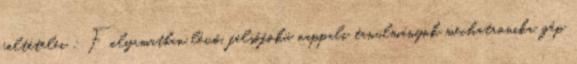
feltételei : Folyamatban lévő, felsőfokú nappali tanulmányok mechatronika, gép